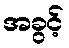
အခွင့်